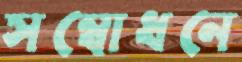
সম্বোধনে